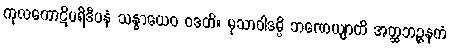
ကုလကောဋိပရိဒီပနံ သန္ဓာယေဝ ဝဒတိ။ မုသာဝါဒမ္ပိ ဘဏေယျာတိ အတ္ထဘဉ္ဇနကံ